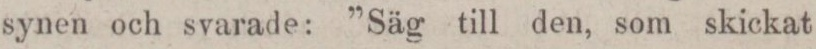
synen och svarade: ”Säg till den, som skickat